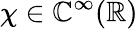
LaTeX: \chi\in\mathbb{C}^{\infty}(\mathbb{{R}})